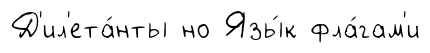
Д'ил'ета́нты но Язы́к фла́гам'и